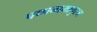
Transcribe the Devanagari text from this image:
पथ्पनाभापुरम